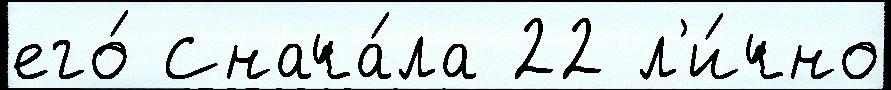
его́ Снача́ла 22 л'и́чно